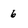
Character: 6